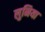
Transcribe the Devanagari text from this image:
लुनिया